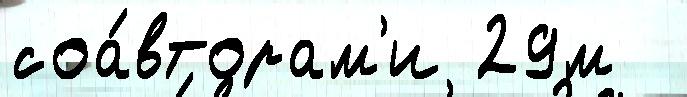
соа́вторам'и 29м